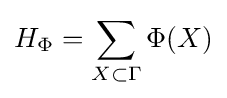
H_{\Phi }=\sum _{X\subset \Gamma }\Phi (X)